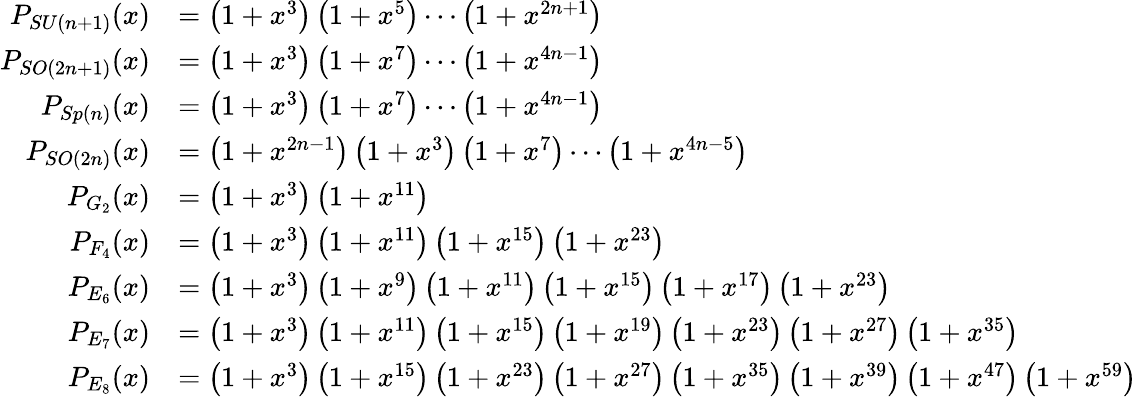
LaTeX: {\begin{array}{rl}{P_{SU(n+1)}(x)}&{=\left(1+x^{3}\right)\left(1+x^{5}\right)\cdots\left(1+x^{2n+1}\right)}\\ {P_{SO(2n+1)}(x)}&{=\left(1+x^{3}\right)\left(1+x^{7}\right)\cdots\left(1+x^{4n-1}\right)}\\ {P_{Sp(n)}(x)}&{=\left(1+x^{3}\right)\left(1+x^{7}\right)\cdots\left(1+x^{4n-1}\right)}\\ {P_{SO(2n)}(x)}&{=\left(1+x^{2n-1}\right)\left(1+x^{3}\right)\left(1+x^{7}\right)\cdots\left(1+x^{4n-5}\right)}\\ {P_{G_{2}}(x)}&{=\left(1+x^{3}\right)\left(1+x^{11}\right)}\\ {P_{F_{4}}(x)}&{=\left(1+x^{3}\right)\left(1+x^{11}\right)\left(1+x^{15}\right)\left(1+x^{23}\right)}\\ {P_{E_{6}}(x)}&{=\left(1+x^{3}\right)\left(1+x^{9}\right)\left(1+x^{11}\right)\left(1+x^{15}\right)\left(1+x^{17}\right)\left(1+x^{23}\right)}\\ {P_{E_{7}}(x)}&{=\left(1+x^{3}\right)\left(1+x^{11}\right)\left(1+x^{15}\right)\left(1+x^{19}\right)\left(1+x^{23}\right)\left(1+x^{27}\right)\left(1+x^{35}\right)}\\ {P_{E_{8}}(x)}&{=\left(1+x^{3}\right)\left(1+x^{15}\right)\left(1+x^{23}\right)\left(1+x^{27}\right)\left(1+x^{35}\right)\left(1+x^{39}\right)\left(1+x^{47}\right)\left(1+x^{59}\right)}\end{array}}